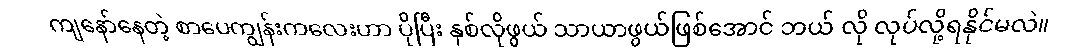
ကျနော်နေတဲ့ စာပေကျွန်းကလေးဟာ ပိုပြီး နှစ်လိုဖွယ် သာယာဖွယ်ဖြစ်အောင် ဘယ် လို လုပ်လို့ရနိုင်မလဲ။